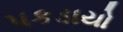
પકડાયો